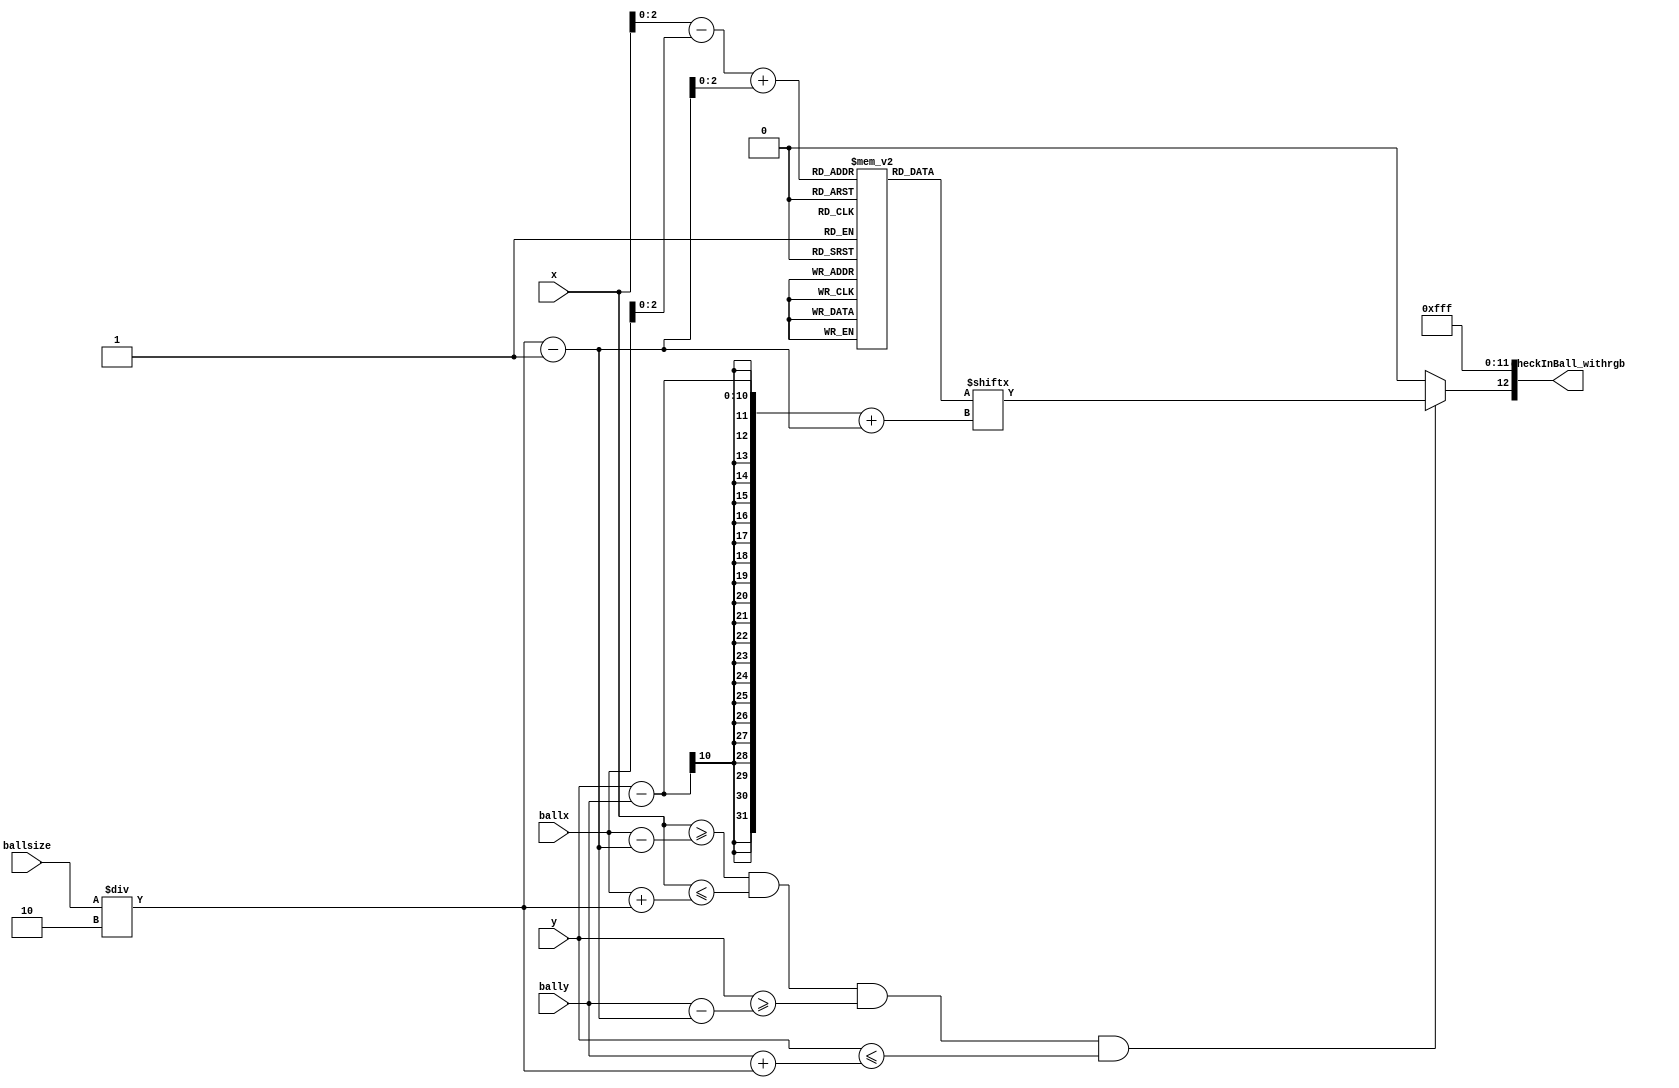
`timescale 1ns / 1ps
//////////////////////////////////////////////////////////////////////////////////
// Company: 
// Engineer: 
// 
// Design Name: 
// Module Name: inBall
// Project Name: 
// Target Devices: 
// Tool Versions: 
// Description: 
// 
// Dependencies: 
// 
// Revision:
// Revision 0.01 - File Created
// Additional Comments:
// 
//////////////////////////////////////////////////////////////////////////////////


module inBall(
    input [9:0] x, 
    input [9:0] y, 
    input [9:0] ballx, 
    input [9:0] bally, 
    input [3:0] ballsize, 
    output reg [12:0] checkInBall_withrgb
);
    reg [7:0] rom_data[7:0];
    initial begin
        checkInBall_withrgb[11:0] <= 12'hFFF;
        rom_data[0] = 8'b00111100; //   ****
        rom_data[1] = 8'b01111110; //  ******
        rom_data[2] = 8'b11111111; // ********
        rom_data[3] = 8'b11111111; // ********
        rom_data[4] = 8'b11111111; // ********
        rom_data[5] = 8'b11111111; // ********
        rom_data[6] = 8'b01111110; //  ******
        rom_data[7] = 8'b00111100; //   ****
    end
    always @(x or y) begin
        checkInBall_withrgb[12]<=0;
        if(x>=ballx-(ballsize/2-1) & x<=ballx+(ballsize/2) 
            & y>=bally-(ballsize/2-1) & y<=bally+(ballsize/2)) begin
                checkInBall_withrgb[12] <= rom_data[x-ballx+(ballsize/2-1)][y-bally+(ballsize/2-1)];
            end
    end
endmodule